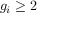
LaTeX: g _ { i } \geq 2